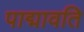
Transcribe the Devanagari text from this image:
पाद्मावति